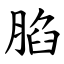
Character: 䐄